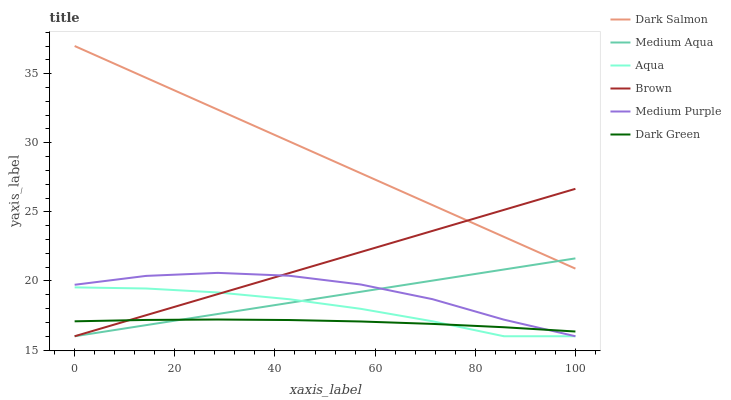
| xaxis_label | Dark Salmon | Medium Aqua | Aqua | Brown | Medium Purple | Dark Green |
 | --- | --- | --- | --- | --- | --- | --- |
 | 0 | 37 | 16 | 19.5 | 16 | 19.7 | 17.1 |
 | 14.3 | 34.7 | 16.8 | 19.5 | 17.5 | 20.4 | 17.2 |
 | 28.6 | 32.4 | 17.6 | 19.2 | 19 | 20.6 | 17.2 |
 | 42.9 | 30.1 | 18.4 | 18.7 | 20.6 | 20.4 | 17.2 |
 | 57.1 | 27.8 | 19.2 | 18 | 22.1 | 19.7 | 17.1 |
 | 71.4 | 25.5 | 20 | 17.1 | 23.6 | 18.7 | 16.9 |
 | 85.7 | 23.2 | 20.8 | 16 | 25.1 | 17.2 | 16.7 |
 | 100 | 20.9 | 21.6 | 16 | 26.7 | 16 | 16.3 |